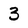
Character: 3